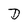
Character: D